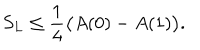
S _ { L } \leq \frac { 1 } { 4 } \bigl ( A ( 0 ) - A ( 1 ) \bigr ) .